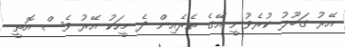
އޭރު ގަބޫލު ކުރެވުނީ އޭގެ ތެރެއިން ދެ މީހަކު އޭރު ވެސް އޮތީ